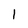
Character: 1